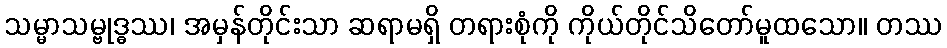
သမ္မာသမ္ဗုဒ္ဓဿ၊ အမှန်တိုင်းသာ ဆရာမရှိ တရားစုံကို ကိုယ်တိုင်သိတော်မူထသော။ တဿ